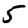
Digit: 5